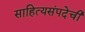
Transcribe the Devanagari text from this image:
साहित्यसंपदेची